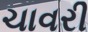
ચાવરી